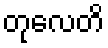
တုလေတိ